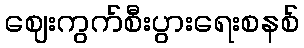
ဈေးကွက်စီးပွားရေးစနစ်